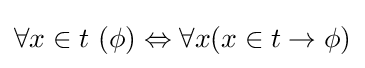
\forall x\in t\ (\phi )\Leftrightarrow \forall x(x\in t\rightarrow \phi )